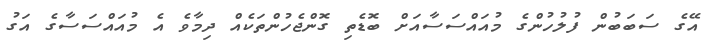
އޭގެ ސަބަބުން ފުލުހުންގެ މުއައްސަސާއަށް ބޮޑެތި ގޮންޖެހުންތަކެއް ދިމާވެ އެ މުއައްސަސާގެ އަގު